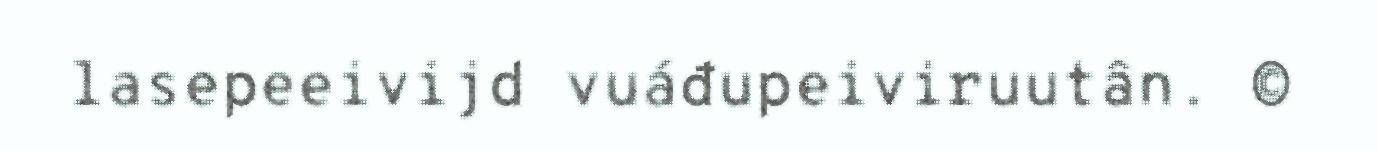
lasepeeivijd vuáđupeiviruutân. ©